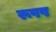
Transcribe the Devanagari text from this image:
रूपप